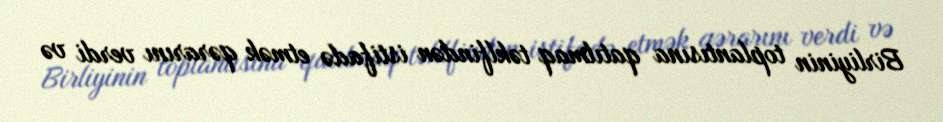
Birliyinin toplantısına qatılmaq təklfindən istifadə etmək qərarını verdi və